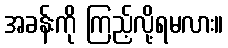
အခန်းကို ကြည့်လို့ရမလား။